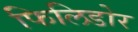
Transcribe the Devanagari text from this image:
फिलिडोर